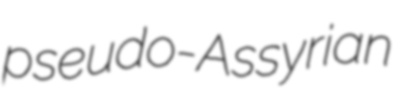
pseudo-Assyrian